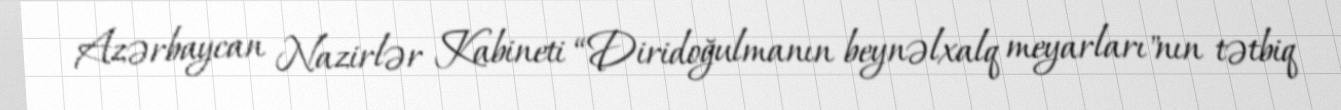
Azərbaycan Nazirlər Kabineti “Diridoğulmanın beynəlxalq meyarları"nın tətbiq